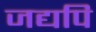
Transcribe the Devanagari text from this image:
जद्यपि